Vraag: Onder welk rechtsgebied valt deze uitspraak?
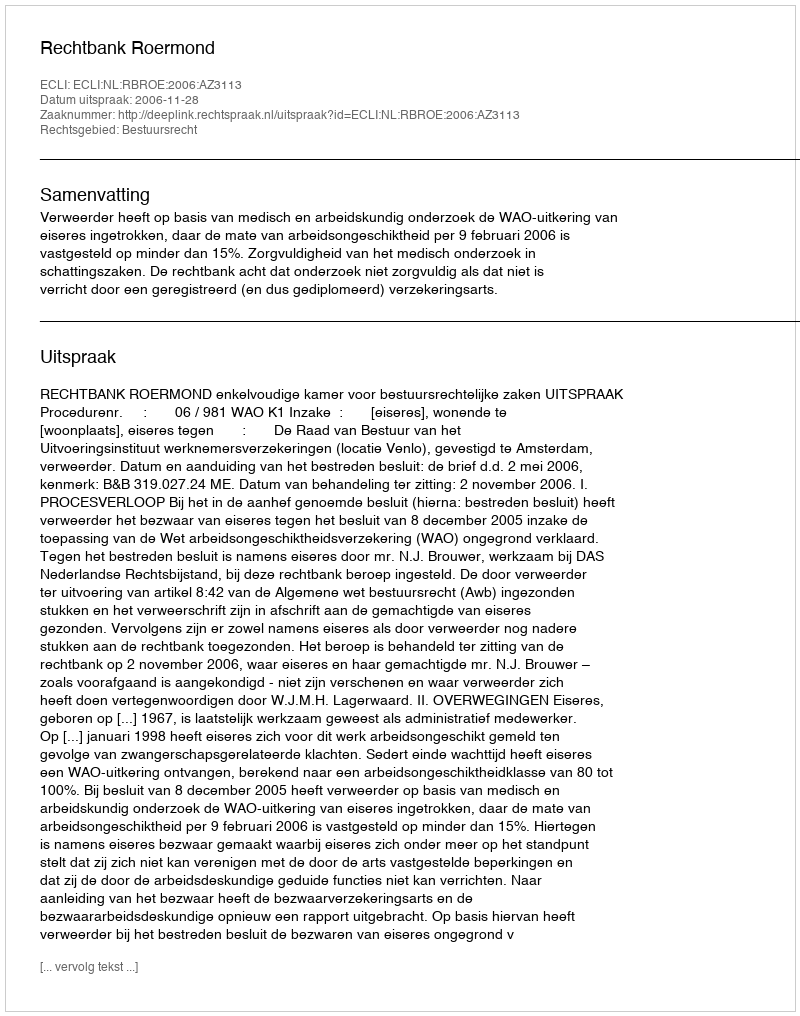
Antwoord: Bestuursrecht